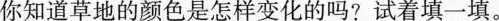
你知道草地的颜色是怎样变化的吗？试着填一填。